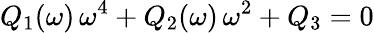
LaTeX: Q_{1}(\omega)\, \omega^{4}+Q_{2}(\omega)\, \omega^{2}+Q_{3}=0